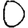
Digit: 0